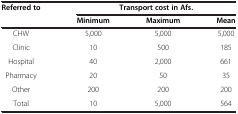
<table><thead><tr><td><b>Referred to</b></td><td colspan="3"><b>Transport cost in Afs.</b></td></tr><tr><td><b> </b></td><td><b>Minimum</b></td><td><b>Maximum</b></td><td><b>Mean</b></td></tr></thead><tbody><tr><td>CHW</td><td>5,000</td><td>5,000</td><td>5,000</td></tr><tr><td>Clinic</td><td>10</td><td>500</td><td>185</td></tr><tr><td>Hospital</td><td>40</td><td>2,000</td><td>661</td></tr><tr><td>Pharmacy</td><td>20</td><td>50</td><td>35</td></tr><tr><td>Other</td><td>200</td><td>200</td><td>200</td></tr><tr><td>Total</td><td>10</td><td>5,000</td><td>564</td></tr></tbody></table>